Report on the lunatic asylums under the Government of Bombay - 1904-1913
Year: 1904
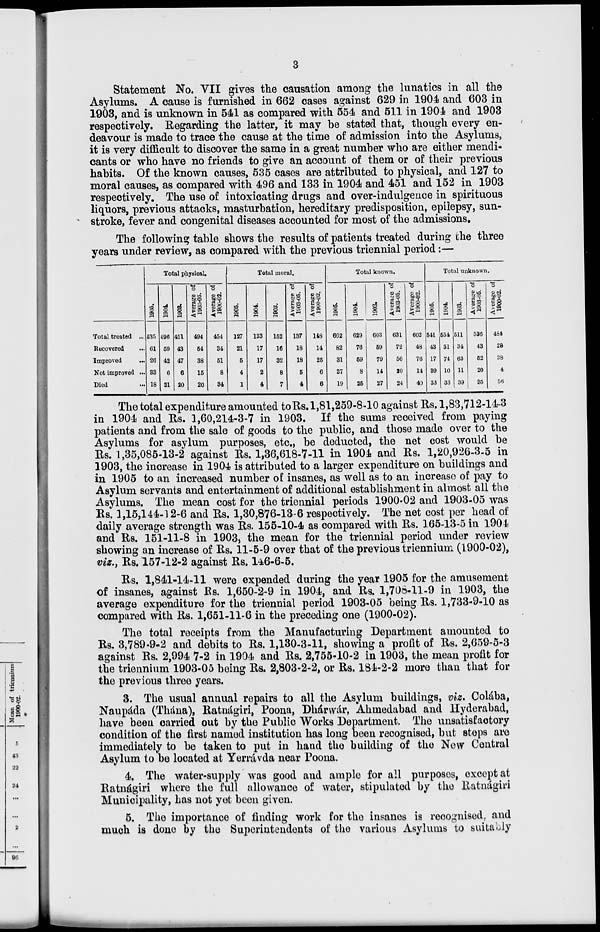
3
Statement No. VII gives the causation among the lunatics in all the
Asylums. A cause is furnished in 662 cases against 629 in 1904 and 603 in
1903, and is unknown in 541 as compared with 554 and 511 in 1904 and 1903
respectively. Regarding the latter, it may be stated that, though every en-
deavour is made to trace the cause at the time of admission into the Asylums,
it is very difficult to discover the same in a great number who are either mendi-
cants or who have no friends to give an account of them or of their previous
habits. Of the known causes, 535 cases are attributed to physical, and 127 to
moral causes, as compared with 496 and 133 in 1904 and 451 and 152 in 1903
respectively. The use of intoxicating drugs and over-indulgence in spirituous
liquors, previous attacks, masturbation, hereditary predisposition, epilepsy, sun-
stroke, fever and congenital diseases accounted for most of the admissions.
The following table shows the results of patients treated during the three
years under review, as compared with the previous triennial period:—
Total treated ...
Recovered ...
Improved
...
Not improved ...
Died ...
Total physical.
1905.
535
61
26
33
18
1904
496
59
42
6
21
1903.
451
43
47
6
20
Average of
1903-05.
494
54
38
15
20
Average of
1900-02.
454
34
51
8
34
Total moral.
1905.
127
21
5
4
1
1904.
133
17
17
2
4
1903.
152
16
32
8
7
Average of
1903-05.
137
18
18
5
4
Average of
1900-02.
148
14
25
6
6
Total known.
1905.
662
82
31
37
19
1904.
629
76
59
8
25
1903.
603
59
79
14
27
Average of
1903-05.
631
72
56
20
24
Average of
1900-02.
602
48
76
14
40
Total unknown.
1905.
541
43
17
39
33
1904.
554
51
74
10
33
1903.
511
34
63
11
39
Average of
1903-05.
536
43
52
20
35
Average of
1900-02.
484
28
38
4
56
The total expenditure amounted to Rs.1,81,259-8-10 against Rs. 1,83,712-14-3
in 1904 and Rs. 1,60,214-3-7 in 1903. If the sums received from paying
patients and from the sale of goods to the public, and those made over to the
Asylums for asylum purposes, etc., be deducted, the net cost would be
Rs. 1,35,085-13-2 against Rs. 1,36,618-7-11 in 1904 and Rs. 1,20,926-3-5 in
1903, the increase in 1904 is attributed to a larger expenditure on buildings and
in 1905 to an increased number of insanes, as well as to an increase of pay to
Asylum servants and entertainment of additional establishment in almost all the
Asylums. The mean cost for the triennial periods 1900-02 and 1903-05 was
Rs. 1,15,144-12-6 and Rs. 1,30,876-13-6 respectively. The net cost per head of
daily average strength was Rs. 155-10-4 as compared with Rs. 165-13-5 in 1904
and Rs. 151-11-8 in 1903, the mean for the triennial period under review
showing an increase of Rs. 11-5-9 over that of the previous triennium (1900-02),
viz., Rs. 157-12-2 against Rs. 146-6-5.
Rs. 1,841-14-11 were expended during the year 1905 for the amusement
of insanes, against Rs. 1,650-2-9 in 1904, and Rs. 1,708-11-9 in 1903, the
average expenditure for the triennial period 1903-05 being Rs. 1,733-9-10 as
compared with Rs. 1,651-11-6 in the preceding one (1900-02).
The total receipts from the Manufacturing Department amounted to
Rs. 3,789-9-2 and debits to Rs. 1,130-3-11, showing a profit of Rs. 2,659-5-3
against Rs. 2,994 7-2 in 1904 and Rs. 2,755-10-2 in 1903, the mean profit for
the triennium 1903-05 being Rs. 2,803-2-2, or Rs. 184-2-2 more than that for
the previous three years.
3. The usual annual repairs to all the Asylum buildings, viz. Colába,
Naupáda (Thána), Ratnágiri, Poona, Dhárwár, Ahmedabad and Hyderabad,
have been carried out by the Public Works Department. The unsatisfactory
condition of the first named institution has long been recognised, but steps are
immediately to be taken to put in hand the building of the New Central
Asylum to be located at Yerrávda near Poona.
4. The water-supply was good and ample for all purposes, except at
Ratnágiri where the full allowance of water, stipulated by the Ratnágiri
Municipality, has not yet been given.
5. The importance of finding work for the insanes is recognised, and
much is done by the Superintendents of the various Asylums to suitably